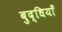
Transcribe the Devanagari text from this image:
बुद्धियाँ